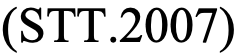
(STT.2007)